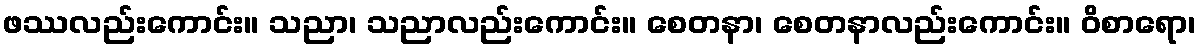
ဖဿလည်းကောင်း။ သညာ၊ သညာလည်းကောင်း။ စေတနာ၊ စေတနာလည်းကောင်း။ ဝိစာရော၊